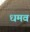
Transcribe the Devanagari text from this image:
धमव